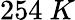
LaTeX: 254~K